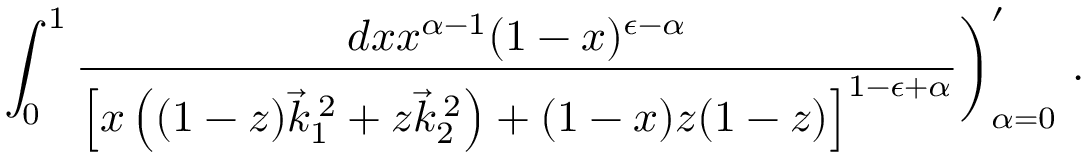
\int _ { 0 } ^ { 1 } \frac { d x x ^ { \alpha - 1 } ( 1 - x ) ^ { \epsilon - \alpha } } { \left[ x \left( ( 1 - z ) \vec { k } _ { 1 } ^ { \: 2 } + z \vec { k } _ { 2 } ^ { \: 2 } \right) + ( 1 - x ) z ( 1 - z ) \right] ^ { 1 - \epsilon + \alpha } } \biggr ) _ { \alpha = 0 } ^ { \prime } ~ .